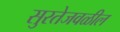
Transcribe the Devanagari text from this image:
सुरतेजवळील